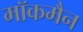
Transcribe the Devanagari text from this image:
मॉकमैन